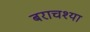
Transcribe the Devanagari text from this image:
बराचश्या